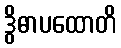
ဒွိဓာပထောတိ